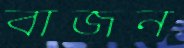
বাজন